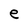
Character: e